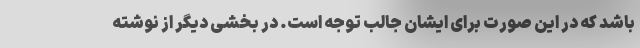
باشد که در این صورت برای ایشان جالب توجه است. در بخشی دیگر از نوشته